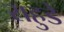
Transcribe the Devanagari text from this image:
राहुडे